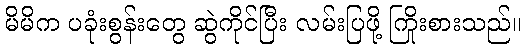
မိမိက ပခုံးစွန်းတွေ ဆွဲကိုင်ပြီး လမ်းပြဖို့ ကြိုးစားသည်။